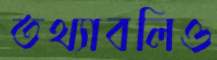
তথ্যাবলিও